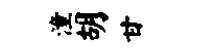
潼胡甘